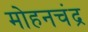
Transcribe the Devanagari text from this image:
मोहनचंद्र